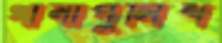
থানাপুলিশ